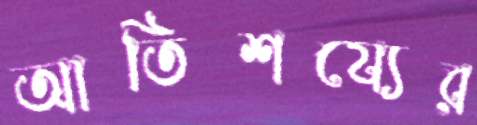
আতিশয্যের